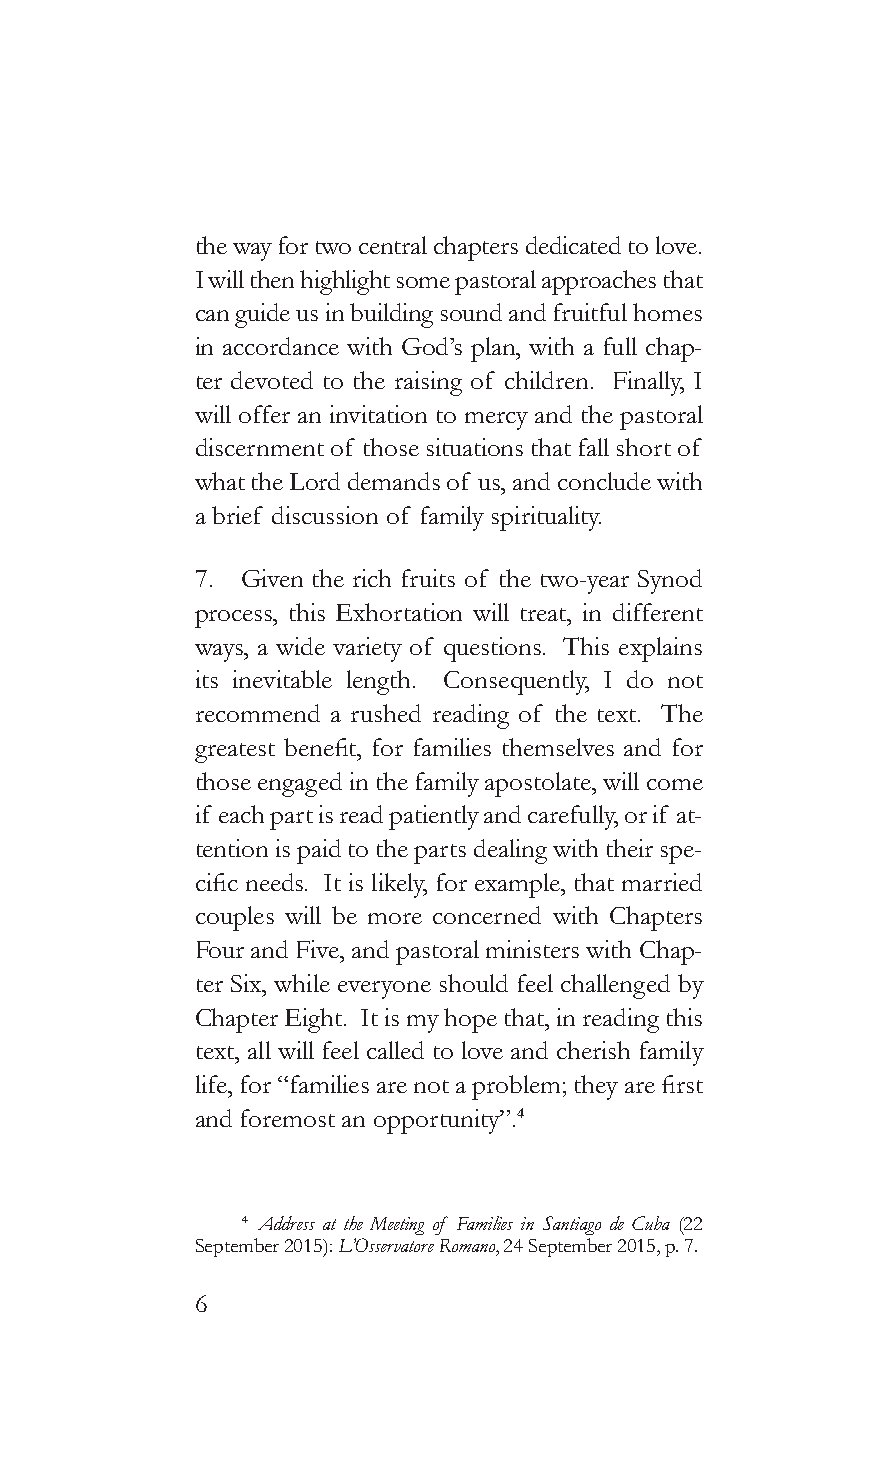
the way for two central chapters dedicated to love.
 I will then highlight some pastoral approaches that
 can guide us in building sound and fruitful homes
 in accordance with God’s plan, with a full chap-
 ter devoted to the raising of children. Finally, I
 will offer an invitation to mercy and the pastoral
 discernment of those situations that fall short of
 what the Lord demands of us, and conclude with
 a brief discussion of family spirituality.
 7. Given the rich fruits of the two-year Synod
 process, this Exhortation will treat, in different
 ways, a wide variety of questions. This explains
 its inevitable length. Consequently, I do not
 recommend a rushed reading of the text. The
 greatest benefit, for families themselves and for
 those engaged in the family apostolate, will come
 if each part is read patiently and carefully, or if at-
 tention is paid to the parts dealing with their spe-
 cific needs. It is likely, for example, that married
 couples will be more concerned with Chapters
 Four and Five, and pastoral ministers with Chap-
 ter Six, while everyone should feel challenged by
 Chapter Eight. It is my hope that, in reading this
 text, all will feel called to love and cherish family
 life, for “families are not a problem; they are first
 and foremost an opportunity”.4
 4 Address at the Meeting of Families in Santiago de Cuba (22
 September 2015): L’Osservatore Romano, 24 September 2015, p. 7.
 6